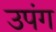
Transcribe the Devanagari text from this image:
उपंग